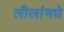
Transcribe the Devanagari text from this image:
लीलांमधे